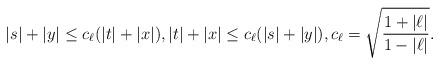
LaTeX: \begin{align*} |s|+|y|\leq c_{\ell} (|t|+|x|),|t|+|x|\leq c_{\ell} (|s|+|y|),c_{\ell}=\sqrt{\frac{1+|\ell|}{1-|\ell|}}. \end{align*}